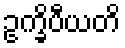
ဥက္ခိပီယတိ